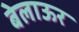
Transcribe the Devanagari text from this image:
बेलाऊर